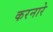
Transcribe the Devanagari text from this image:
करनारे